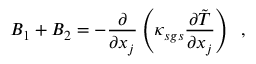
B _ { 1 } + B _ { 2 } = - \frac { \partial } { \partial x _ { j } } \left( \kappa _ { s g s } \frac { \partial \tilde { T } } { \partial x _ { j } } \right) \, \mathrm { ~ , ~ }